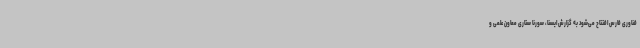
فناوری فارس افتتاح می‌شود به گزارش ایسنا، سورنا ستاری معاون علمی و